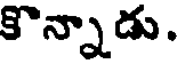
కొన్నాడు.